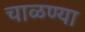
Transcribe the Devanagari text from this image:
चाळण्या